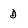
Character: D